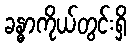
ခန္ဓာကိုယ်တွင်းရှိ